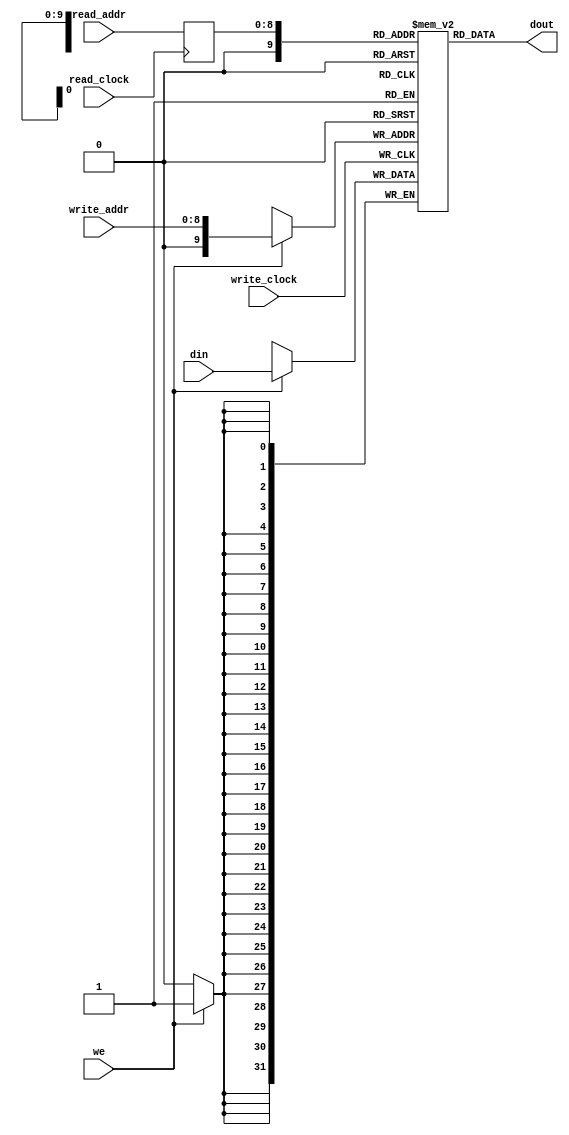
module ram_simple_dp_reg_addr_dc_512x32_block(
   input      [31:0] din,
   input     [8:0] read_addr, write_addr,       // two addresses
   input     we, read_clock, write_clock, // two clocks
   output  [31:0] dout);
    
   (* ram_style = "block" *)   
   reg        [31:0] ram[0:512];

   reg       [8:0] read_addr_reg;
   always @ (posedge write_clock)                // write clock
     begin
        if (we)
           ram[write_addr] <= din;
     end
   always @ (posedge read_clock)                 // read clock
     begin
        read_addr_reg <= read_addr;              // register input
     end
   assign dout = ram[read_addr_reg];                // read with registered address
endmodule